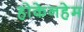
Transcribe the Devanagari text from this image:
होकेनहेम